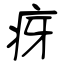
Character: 疨